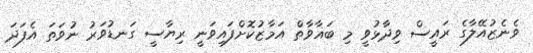
ވެނެޒުއޭލާގެ ރައީސް ވިދާޅުވީ މި ބަޣާވާތް އަމާޒުކޮށްފައިވަނީ ރިޔާސީ ގަނޑުވަރު ނުވަތަ އެފަދަ